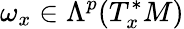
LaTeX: \omega_{x}\in\Lambda^{p}(T_{x}^{*}M)